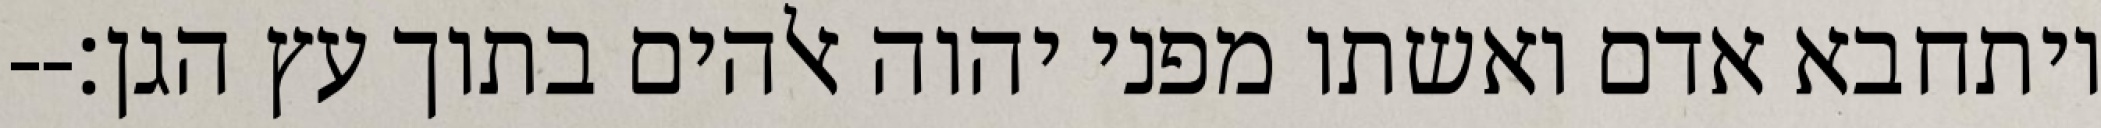
ויתחבא אדם ואשתו מפני יהוה אלהים בתוך עץ הגן׃--